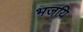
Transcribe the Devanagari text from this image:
भजयि